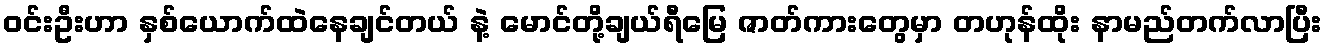
ဝင်းဦးဟာ နှစ်ယောက်ထဲနေချင်တယ် နဲ့ မောင်တို့ချယ်ရီမြေ ဇာတ်ကားတွေမှာ တဟုန်ထိုး နာမည်တက်လာပြီး